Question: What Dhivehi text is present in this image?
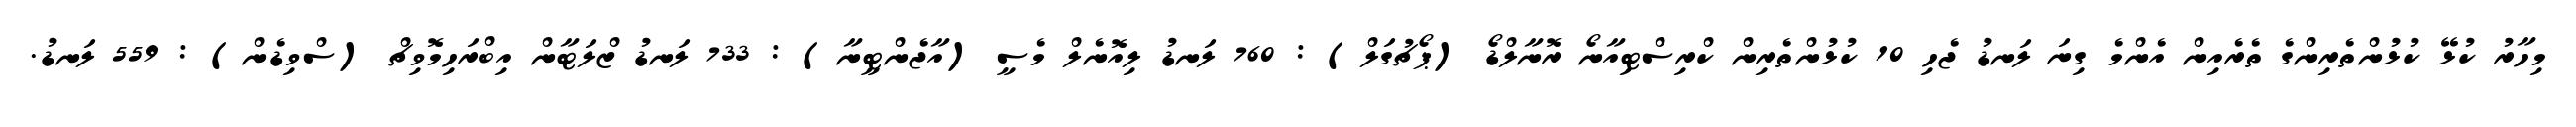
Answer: މިހާރު ކުޅޭ ކުޅުންތެރިންގެ ތެރެއިން އެންމެ ގިނަ ލަނޑު ޖެހި 10 ކުޅުންތެރިން ކްރިސްޓިއާނޯ ރޮނާލްޑޯ (ޕޯޗުގަލް) : 760 ލަނޑު ލިއޮނެލް މެސީ (އާޖެންޓީނާ) : 733 ލަނޑު ޒްލަޓާން އިބްރަހިމޮވިޗް (ސްވިޑެން) : 559 ލަނޑު.